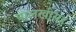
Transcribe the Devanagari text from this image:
पालखीसह